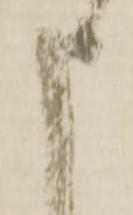
申